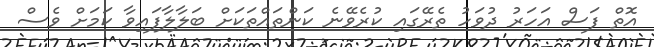
އޮތް ފަސް އަހަރު ދުވަހު ތެރޭގައި ކުރެވޭނެ ކަންތައްތަކަށް ބަލާލާފައިވާ ކަމަށް ވެސް